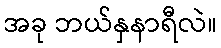
အခု ဘယ်နှနာရီလဲ။